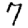
Digit: 7